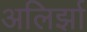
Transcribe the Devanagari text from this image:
अलिर्झा